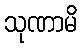
သုဏာမိ